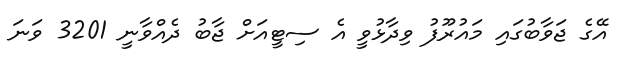
އޭގެ ޖަވާބުގައި މައުރޫފު ވިދާޅުވީ އެ ސިޓީއަށް ޖާބު ދެއްވާނީ 3201 ވަނަ